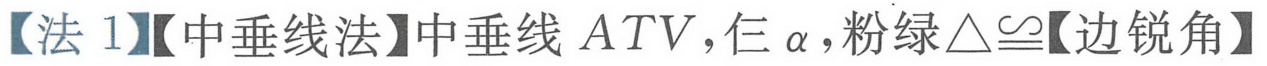
【法 1】【中垂线法】中垂线\(ATV\)，仨\(\alpha\)，粉绿\(\triangle\cong\)【边锐角】